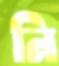
নি